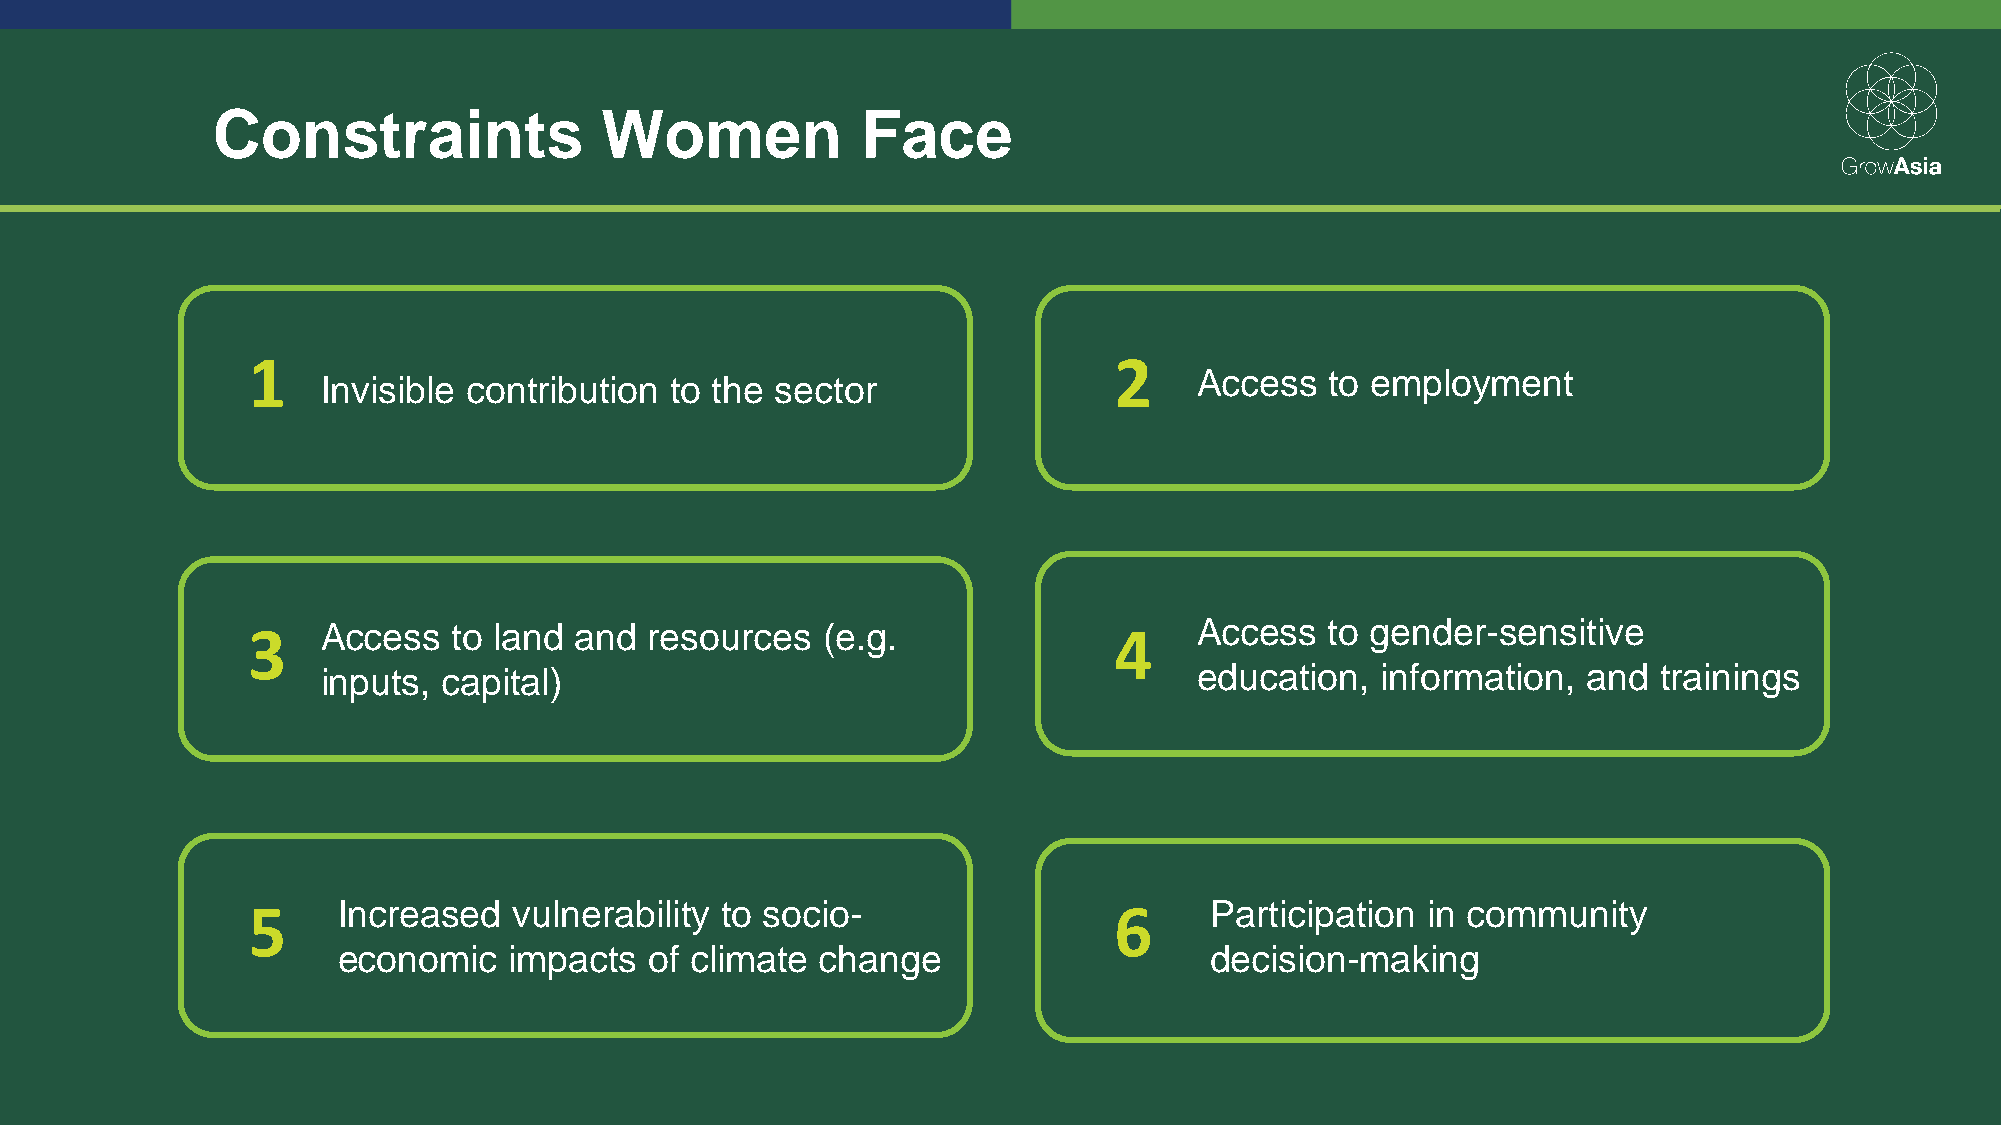
Constraints               Women            Face
 1                                                         2
 Access   to employment
 Invisible contribution to the sector
 3    Access   to land and  resources  (e.g.               4    Access   to gender-sensitive
 inputs, capital)                                          education,  information,  and  trainings
 5     Increased   vulnerability to socio-                 6     Participation in community
 economic    impacts  of climate change                    decision-making